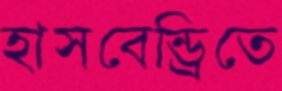
হাসবেন্ড্রিতে